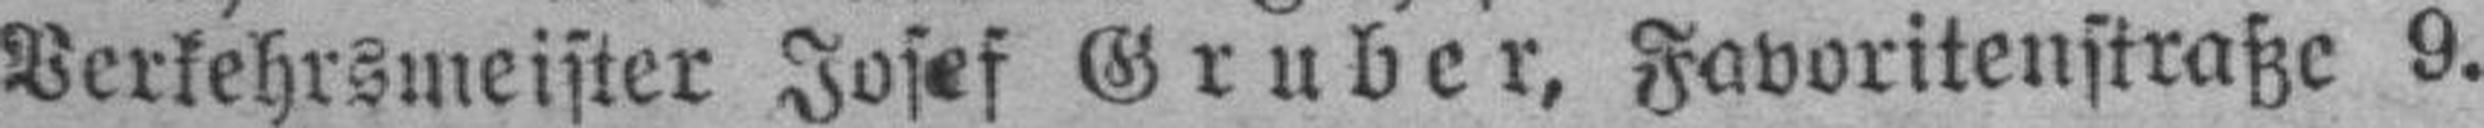
Verkehrsmeister Josef Gruber, Favoritenstraße 9.